Report on horse surra - Volume II, Part I
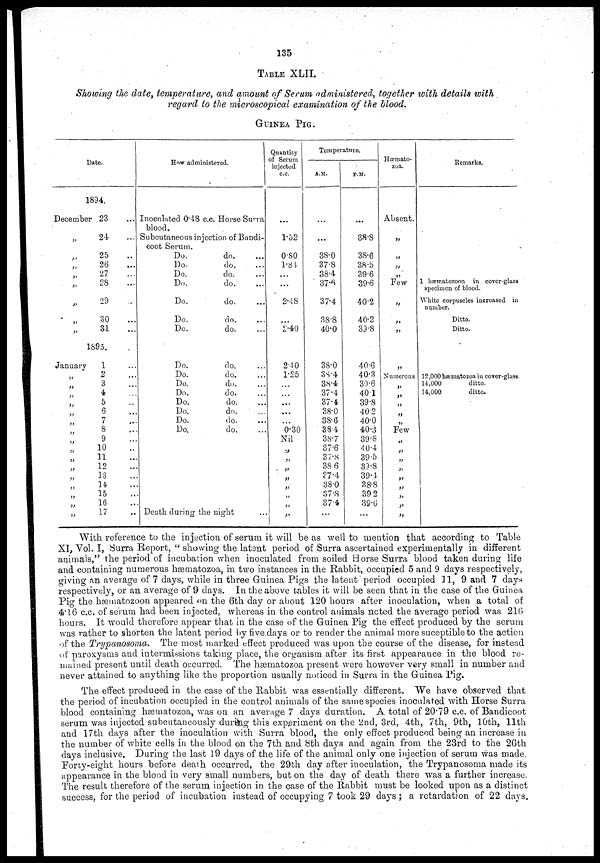
135
TABLE XLII.
Showing the date, temperature, and amount of Serum administered, together with details with
regard to the microscopical examination of the blood.
GUINEA PIG.
Date.
December
„
„
„
„
„
„
„
„
January
„
„
„
„
„
„
„
„
„
„
„
„
„
„
„
„
1894.
23
24
25
26
27
28
29
30
31
1895.
1
2
3
4
5
6
7
8
9
10
11
12
13
14
15
16
17
How administered.
Inoculated 0.48 c.c. Horse Surra
blood.
Subcutaneous injection of Bandi-
coot Serum.
Do.
Do.
Do.
Do.
Do.
Do.
Do.
Do.
Do.
Do.
Do.
Do.
Do.
Do.
Do.
Death during t
do.
do.
do.
do.
do.
do.
do.
do.
do.
do.
do.
do.
do.
do.
do.
he night
Quantity
of Serum
injected
c.c.
...
1.52
0.80
1.81.
...
...
2.48
...
2.40
2.40
1.25
...
...
...
...
0.30
Nil
„
„
„
„
„
„
„
Temperature.
A.M.
...
...
38.0
37.8
38.4
37.6
37.4
38.8
40.0
38.0
38.4
38.4
37.4
37.4
38.0
38.6
38 4
38.7
37.6
37.8
38 6
37.4
38.0
37.8
37.4
...
P.M.
...
38.8
38.6
38.5
39.6
39.6
40.2
40.2
39.8
40.6
40.3
39.6
40.1
39 .8
40 .2
40.0
40.3
39.8
40.4
39.5
39.8
39.4
38.8
39 2
39.6
...
Hæmato-
zoa.
Absent.
„
„
„
„
Few
„
„
„
„
Numerous
„
„
„
„
„
Few
„
„
„
„
„
„
„
„
„
Remarks.
1 hæmatozoon in cover-glass
specimen of blood.
White corpuscles increased in
number.
Ditto.
Ditto.
12,000 hæmatozoa in cover-glass.
14,000
ditto.
14,000
ditto.
With reference to the injection of serum it will be as well to mention that according to Table
XI, Vol. I, Surra Report, " showing the latent period of Surra ascertained experimentally in different
animals," the period of incubation when inoculated from soiled Horse Surra blood taken during life
and containing numerous hæmatozoa, in two instances in the Rabbit, occupied 5 and 9 days respectively,
giving an average of 7 days, while in three Guinea Pigs the latent period occupied 11, 9 and 7 days
respectively, or an average of 9 days. In the above tables it will be seen that in the case of the Guinea
Pig the hæmatozoon appeared on the 6th day or about 120 hours after inoculation, when a total of
4.16 c.c. of serum had been injected, whereas in the control animals noted the average period was 216
hours. It would therefore appear that in the case of the Guinea Pig the effect produced by the serum
was rather to shorten the latent period by five days or to render the animal more suceptible to the action
of the Trypanosoma.
The most marked effect produced was upon the course of the disease, for instead
of paroxysms and intermissions taking place, the organism after its first appearance in the blood, re-
mained present until death occurred. The hæmatozoa present were however very small in number and
never attained to anything like the proportion usually noticed in Surra in the Guinea Pig.
The effect produced in the case of the Rabbit was essentially different. We have observed that
the period of incubation occupied in the control animals of the same species inoculated with Horse Surra
blood containing hæmatozoa, was on an average 7 days duration. A total of 20.79 c.c. of Bandicoot
serum was injected subcutaneously during this experiment on the 2nd, 3rd, 4th, 7th, 9th, 10th, 11th
and 17th days after the inoculation with Surra blood, the only effect produced being an increase in
the number of white cells in the blood on the 7th and 8th days and again from the 23rd to the 26th
days inclusive. During the last 19 days of the life of the animal only one injection of serum was made.
Forty-eight hours before death occurred, the 29th clay after inoculation, the Trypanosoma made its
appearance in the blood in very small numbers, but on the day of death there was a further increase.
The result therefore of the serum injection in the case of the Rabbit must be looked upon as a distinct
success, for the period of incubation instead of occupying 7 took 29 days ; a retardation of 22 days.